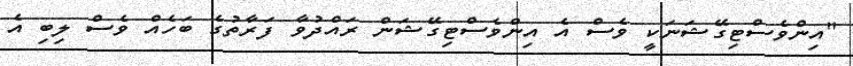
"އިންވެސްޓިގޭޝަނަކީ ވެސް އެ އިންވެސްޓިގޭޝަން ރައްދުވާ ފަރާތުގެ ބަހެއް ވެސް ލިބި އެ